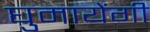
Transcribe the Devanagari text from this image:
घुमायेंगी